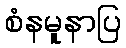
စံနမူနာပြ